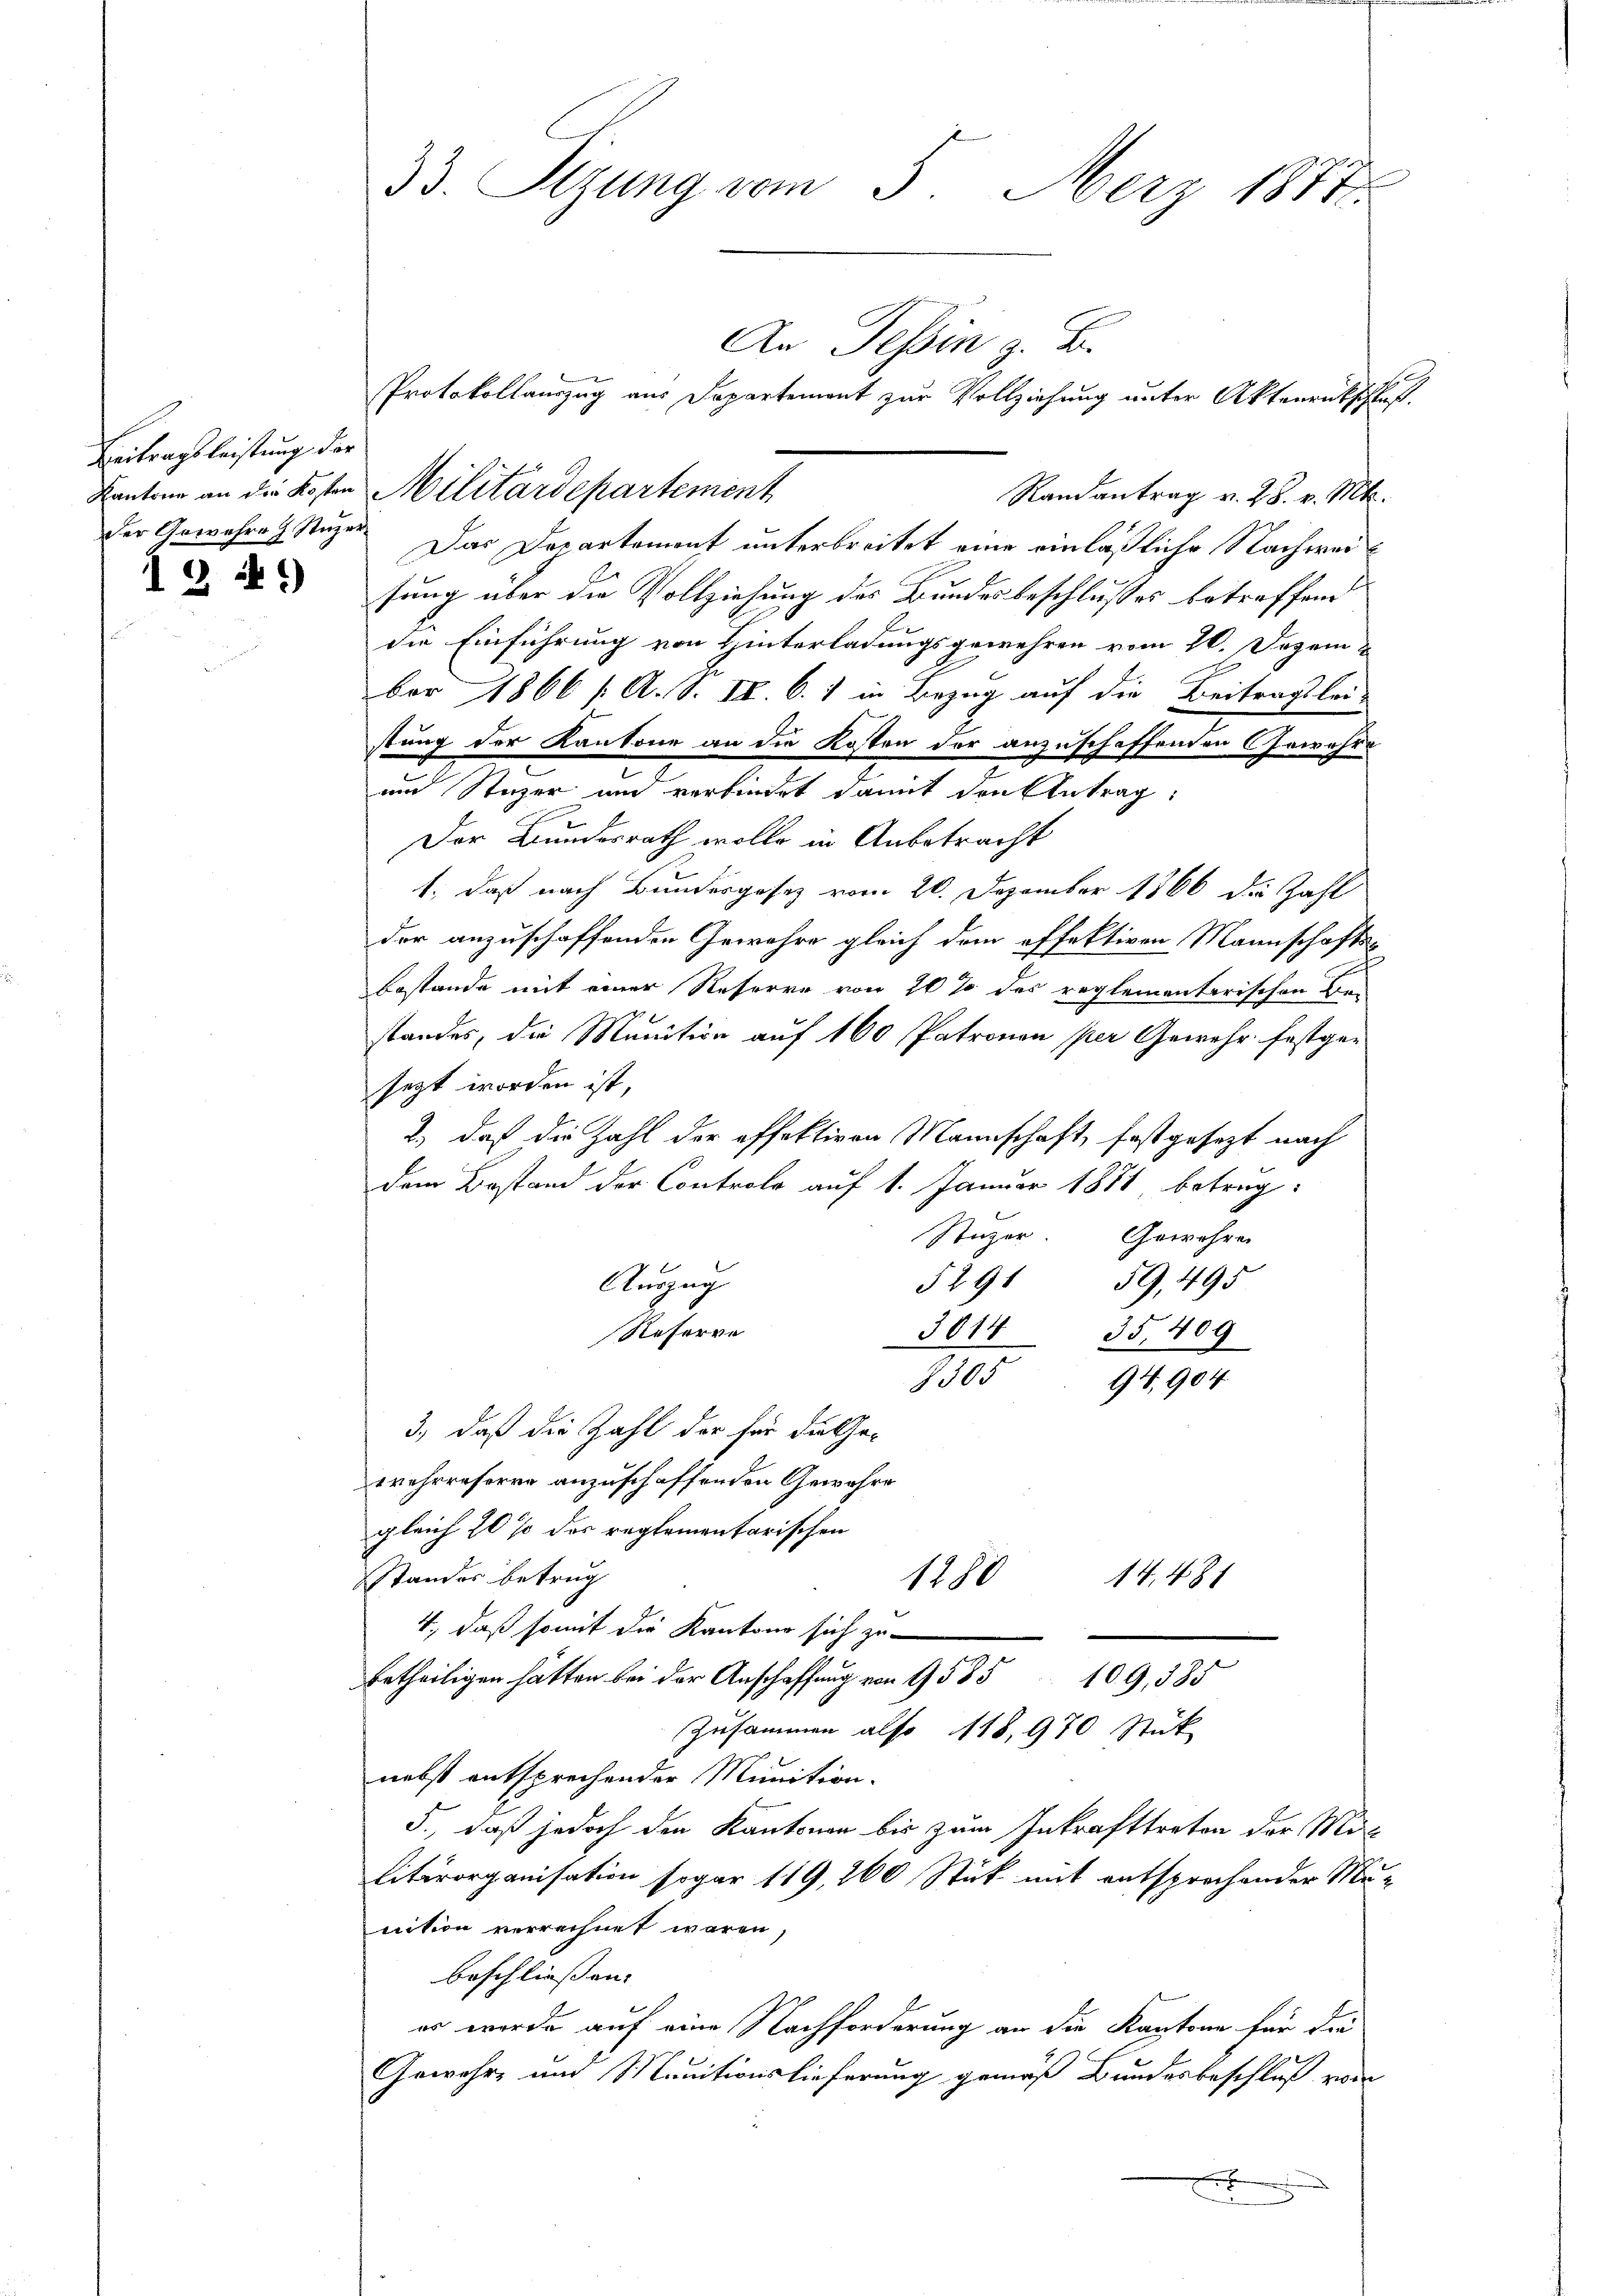
Beitragsleistung der
der Gewahre Stuzer

1241)

33. Sitzung vom 5. März 1887

An Tessin z. B.
Protokollauszug aus Departement zur Vollziehung unter Aktenrückschluß
Kantone an die Kosten Militärdepartement
Randantrag v. 28. v. Mt.
Das Departement unterbreitet eine einläßliche Nachweisung über die Vollziehung des Bundesbeschlusses betreffend
die Einführung von Hinterladungsgewehren vom 26. Dezem
ber 1866 /: A. S. IV. C. 1 in Bezug auf die Beitragslei-
stung der Kantone an die Kosten der anzuschaffenden Gewehre
um Steger und verbindet damit den Antrag:
Der Bundesrath wolle in Anbetracht
1., daß nach Bundesgesez vom 20. Dezember 1866 die Zahl
der anzuschaffenden Gewähre gleich dem offektiven Mannschafts-
Bestande mit einer Reserre von 20 % des reglementarischen Be-
standes, die Munition auf 100 Patronen per Gewehr festger
sezt worden ist,
2.) daß die Zahl der effektiven Mannschaft, festgesezt nach
dem Bestand der Controle auf 1. Januar 1881 betrag:
Stüzer. Gewehre
5291 59, 495
Auszug
Referre
3014 35, 409
9305 94. 904
3., daß die Zahl der für die Getehrreferen anzuschaffenden Gewähre
gleich 20 % des reglementarischen
Standes betrug
1180
14. 481
4., daß somit die Kantone sich zu
betheiligen hätten bei der Anschaffung von 9585
109,385
Zusammen also 118, 970 Stück
nebst entsprechender Munition.
5., daß jedoch den Kantonen bis zum Inkrafttreten der Mil
Litärorganisation sogar 119, 260 Stück mit entsprochender Mu-
nition verrechnet waren,
beschliessen: |
er werde auf eine Nachforderung an die Kantone für die
Gewehr, um Munitionslieferung gemäß Bundesbeschluß vom
x